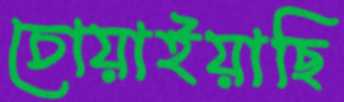
চোয়াইয়াছি